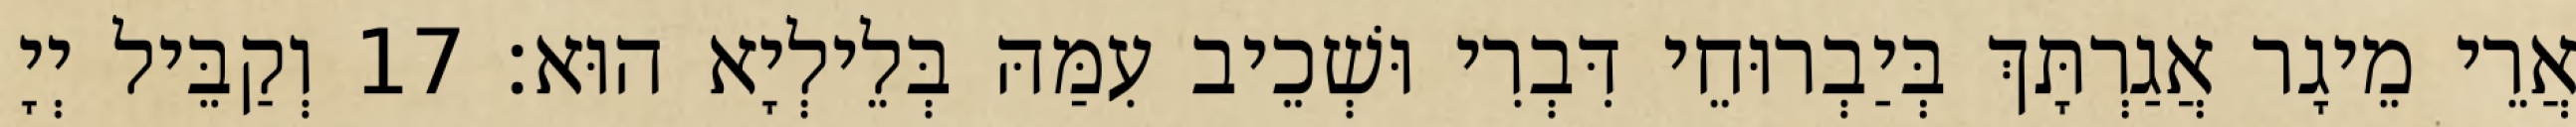
אֲרֵי מֵיגָר אֲגַרְתָּךְ בְּיַבְרוּחֵי דִּבְרִי וּשְׁכֵיב עִמַּהּ בְּלֵילְיָא הוּא׃ 17 וְקַבֵּיל יְיָ